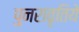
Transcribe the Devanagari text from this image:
पुनरावृतिये